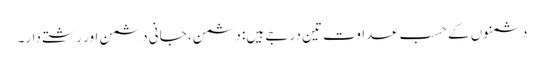
دشمنوں کے حسب عداوت تین درجے ہیں: دشمن، جانی دشمن اور رشتے دار۔